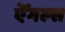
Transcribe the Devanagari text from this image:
ऎंगल्स